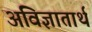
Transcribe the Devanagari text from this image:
अविज्ञातार्थ